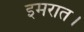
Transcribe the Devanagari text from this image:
इमरात।